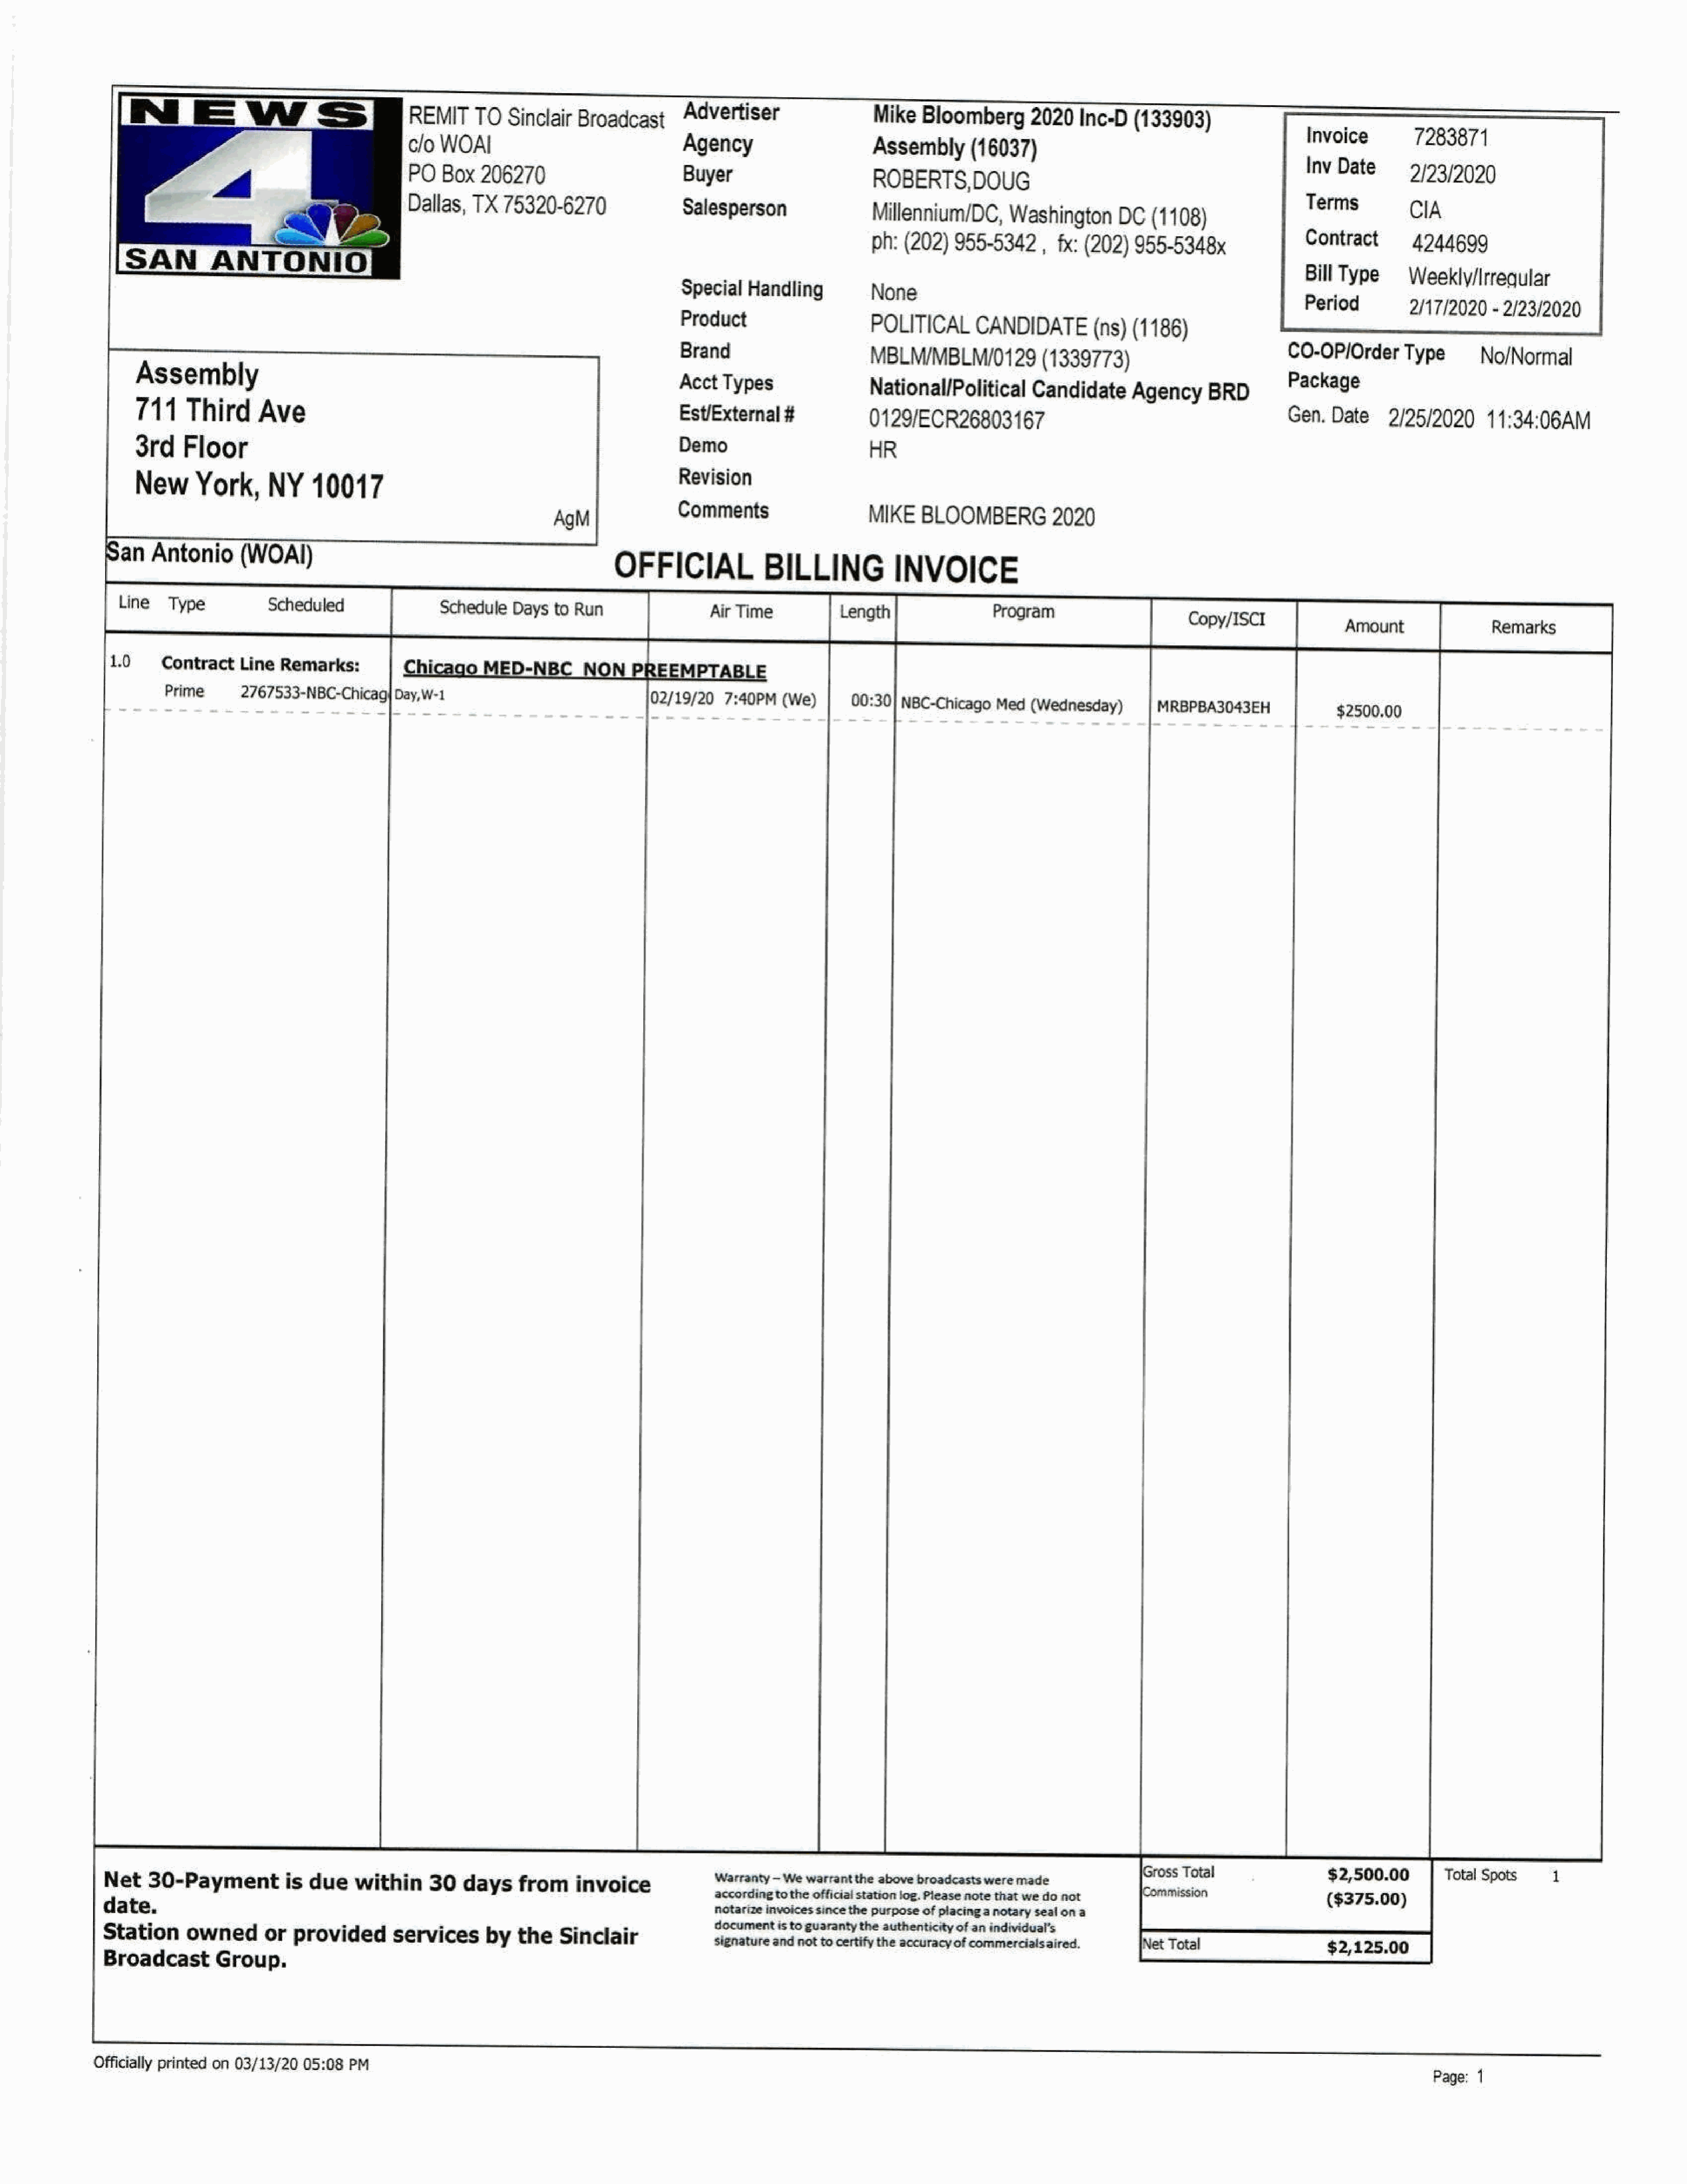
REMIT    TOSinclair     Broadcast      Advertiser                 Mike   Bloomberg      2020   Inc-D   (133903)
 Invoice        7283871
 clo  WOAI                               Agency                     Assembly      (16037)
 Inv Date
 PO   Box   206270                       Buyer                      ROBERTS,DOUG                                                                 2/23/2020
 Dallas,   TX  75320-6270                                                                                                         Terms
 Salesperson                                                                                             CIA
 G                                                                                   Millennium/DC,     Washington      DC   (1108)
 ph: (202)  955-5342     , fx: (202)  955-5348x                Contract       4244699
 SAN         ANTONIO
 Bill Type     Weekly/Irreqular
 Special   Handling          None
 Period
 2/17/2020   - 2/23/2020
 Product
 POLITICAL     CANDIDATE(ns)
 (1186)
 Brand
 MBLM/MBLM/0129           (1339773)                          CO-OP/Order      Type       No/Normal
 Assembly
 Acct  Types                National/Political      Candidate     Agency     BRD        Package
 711     Third     Ave
 Est/External   #           0129/ECR26803167                                            Gen,  Date    2/25/2020      11:34:06AM
 3rd    Floor                                                                  Demo
 HR
 New      York,     NY     10017                                               Revision
 AgM
 Comments
 MIKE    BLOOMBERG2020
 S an   Antonio     (WOAI)
 OFFICIAL             BILLING            INVOICE
 Line   Type          Scheduled                Schedule  Days  to Run                Air Time           Length                Program                     Copy/ISCI
 Amount               Remarks
 1.0    Contract   Line  Remarks:                                                           LE
 Prime     2767533-NBC-Chicag|   Day,W-1
 02/19/20   7:40PM  (We)      00:30] NBC-Chicago  Med  (Wednesday)        MRBPBA3043EH
 $2500.00
 $2,500.00
 Net   30-Paymentis           due    within    30   days    from    invoice             Warranty—We  warrantthe above broadcastsweremade                                                         Total Spots    1
 accordingtothe officialstation log.Pleasenote thatwedo not                              ($375.00)
 date.
 notarize invoicessincethe purposeofplacinganotaryseal ona
 documentistoguarantythe authenticityofan individual's
 Station     ownedorprovided              services      bytheSinclair
 signatureand nottocertifythe accuracyofcommercialsaired.     Net Total                  $2,125.00
 Broadcast       Group.
 Officially printed on 03/13/20 05:08 PM
 Page: 1